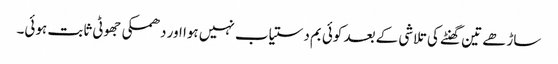
ساڑھے تین گھنٹے کی تلاشی کے بعد کوئی بم دستیاب نہیں ہوا اور دھمکی جھوٹی ثابت ہوئی۔